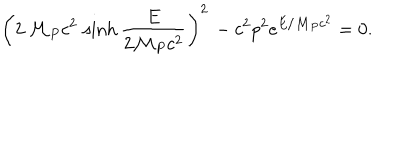
\left( 2 \, { \cal M } _ { P } c ^ { 2 } \, \sinh \frac { E } { 2 { \cal M } _ { P } c ^ { 2 } } \right) ^ { 2 } \, - c ^ { 2 } p ^ { 2 } e ^ { E / { \cal M } _ { P } c ^ { 2 } } = 0 .